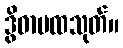
ဒွိဓာပထသုတ်။